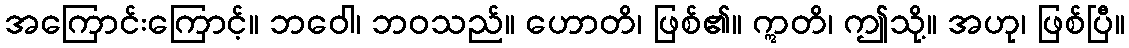
အကြောင်းကြောင့်။ ဘဝေါ၊ ဘဝသည်။ ဟောတိ၊ ဖြစ်၏။ ဣတိ၊ ဤသို့။ အဟု၊ ဖြစ်ပြီ။